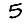
Digit: 5